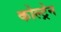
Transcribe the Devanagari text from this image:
कोल्ट्रेन